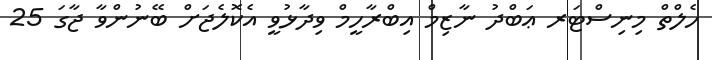
ހެލްތް މިނިސްޓަރ ޢަބްދު ނާޒިމް އިބްރާހީމް ވިދާޅުވީ އެކޮލެޖަށް ބޭނުންވާ ޖާގަ 25